Indian journal of veterinary science and animal husbandry - Volume 5,
Year: 1935
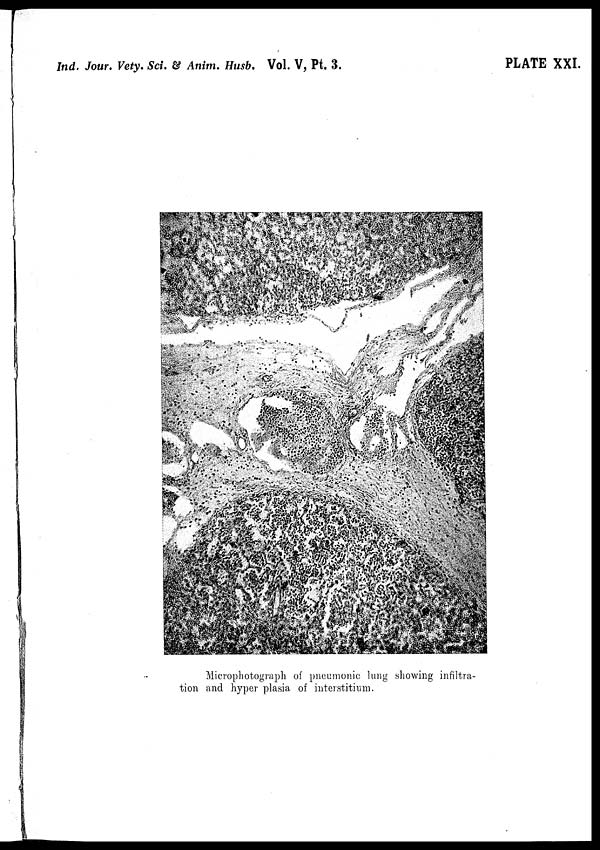
Ind. Jour. Vety. Sci. & Anim. Husb. Vol. V, Pt. 3.
PLATE XXI.
Microphotograph of pneumonic lung showing infiltra-
tion and hyper plasia of interstitium.